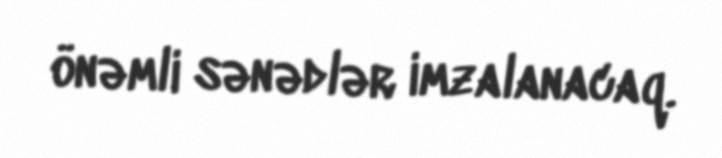
önəmli sənədlər imzalanacaq.